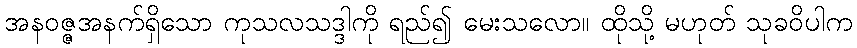
အနဝဇ္ဇအနက်ရှိသော ကုသလသဒ္ဒါကို ရည်၍ မေးသလော။ ထိုသို့ မဟုတ် သုခဝိပါက